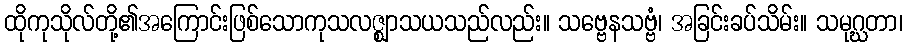
ထိုကုသိုလ်တို့၏အကြောင်းဖြစ်သောကုသလဇ္ဈာသယသည်လည်း။ သဗ္ဗေနသဗ္ဗံ၊ အခြင်းခပ်သိမ်း။ သမုဂ္ဃတာ၊